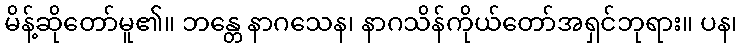
မိန့်ဆိုတော်မူ၏။ ဘန္တေ နာဂသေန၊ နာဂသိန်ကိုယ်တော်အရှင်ဘုရား။ ပန၊